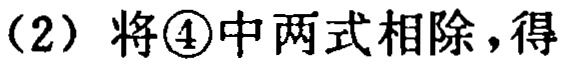
（2）将\textcircled{4}中两式相除，得